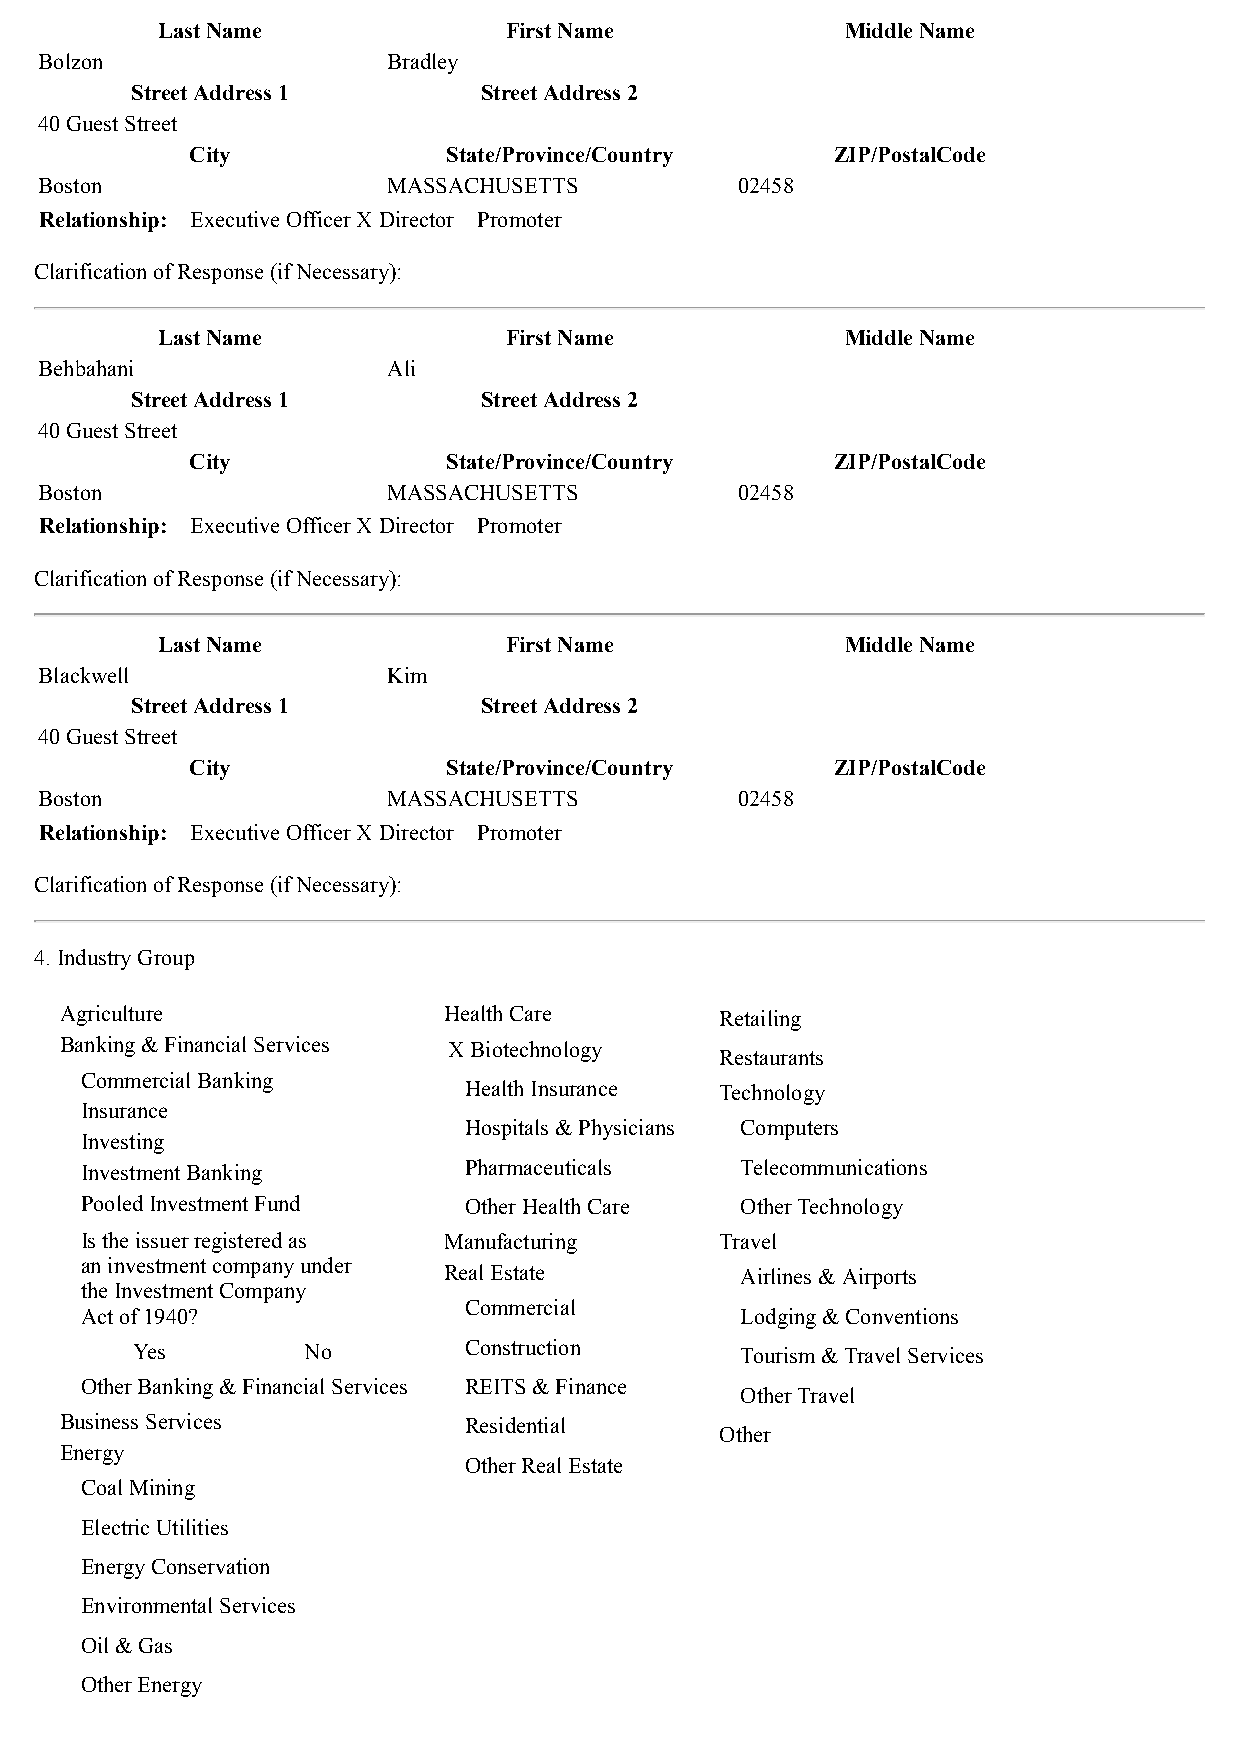
Last Name              First Name             Middle Name
 Bolzon                 Bradley
 Street Address 1       Street Address 2
 40 Guest Street
 City             State/Province/Country   ZIP/PostalCode
 Boston                 MASSACHUSETTS          02458
 Relationship: Executive OfficerX Director Promoter
 Clarification of Response (if Necessary):
 Last Name              First Name             Middle Name
 Behbahani              Ali
 Street Address 1       Street Address 2
 40 Guest Street
 City             State/Province/Country   ZIP/PostalCode
 Boston                 MASSACHUSETTS          02458
 Relationship: Executive OfficerX Director Promoter
 Clarification of Response (if Necessary):
 Last Name              First Name             Middle Name
 Blackwell              Kim
 Street Address 1       Street Address 2
 40 Guest Street
 City             State/Province/Country   ZIP/PostalCode
 Boston                 MASSACHUSETTS          02458
 Relationship: Executive OfficerX Director Promoter
 Clarification of Response (if Necessary):
 4. Industry Group
 Agriculture              Health Care        Retailing
 Banking & Financial Services X Biotechnology
 Restaurants
 Commercial Banking
 Health Insurance Technology
 Insurance
 Hospitals & Physicians Computers
 Investing
 Investment Banking        Pharmaceuticals   Telecommunications
 Pooled Investment Fund    Other Health Care Other Technology
 Is the issuer registered as Manufacturing  Travel
 an investment company under
 Real Estate         Airlines & Airports
 the Investment Company
 Commercial
 Act of 1940?                                Lodging & Conventions
 Yes        No         Construction      Tourism & Travel Services
 Other Banking & Financial Services REITS & Finance
 Other Travel
 Business Services          Residential
 Other
 Energy
 Other Real Estate
 Coal Mining
 Electric Utilities
 Energy Conservation
 Environmental Services
 Oil & Gas
 Other Energy